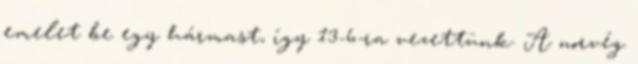
emelet be egy hármast, így 13-6-ra vezettünk. A norvég